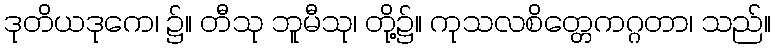
ဒုတိယဒုကေ၊ ၌။ တီသု ဘူမီသု၊ တို့၌။ ကုသလစိတ္တေကဂ္ဂတာ၊ သည်။